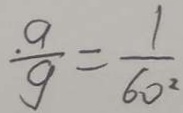
\frac { a } { g } = \frac { 1 } { 6 0 ^ { 2 } }